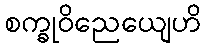
စက္ခုဝိညေယျေဟိ